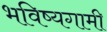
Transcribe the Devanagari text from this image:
भविष्यगामी